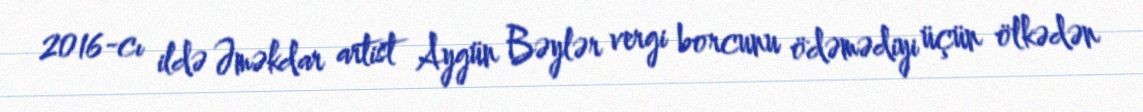
2016-cı ildə Əməkdar artist Aygün Bəylər vergi borcunu ödəmədiyi üçün ölkədən